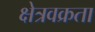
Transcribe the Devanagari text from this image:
क्षेत्रवक्रता